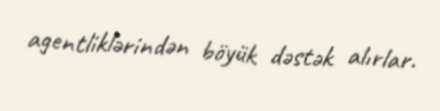
agentliklərindən böyük dəstək alırlar.